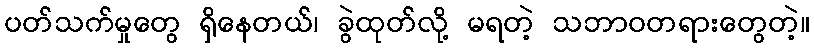
ပတ်သက်မှုတွေ ရှိနေတယ်၊ ခွဲထုတ်လို့ မရတဲ့ သဘာဝတရားတွေတဲ့။